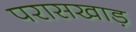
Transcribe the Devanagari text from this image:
परासखाड़